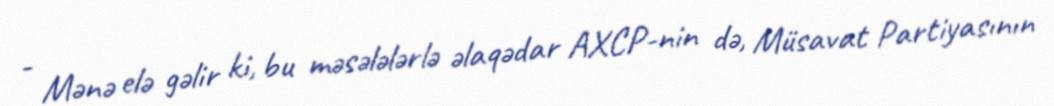
- Mənə elə gəlir ki, bu məsələlərlə əlaqədar AXCP-nin də, Müsavat Partiyasının